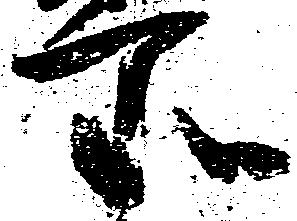
所